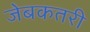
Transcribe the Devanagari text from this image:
जेबकतरी